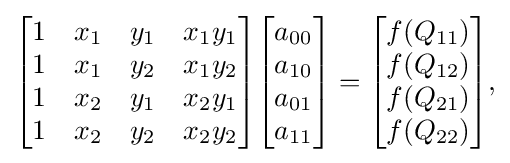
{\begin{aligned}{\begin{bmatrix}1&x_{1}&y_{1}&x_{1}y_{1}\\1&x_{1}&y_{2}&x_{1}y_{2}\\1&x_{2}&y_{1}&x_{2}y_{1}\\1&x_{2}&y_{2}&x_{2}y_{2}\end{bmatrix}}{\begin{bmatrix}a_{00}\\a_{10}\\a_{01}\\a_{11}\end{bmatrix}}={\begin{bmatrix}f(Q_{11})\\f(Q_{12})\\f(Q_{21})\\f(Q_{22})\end{bmatrix}},\end{aligned}}